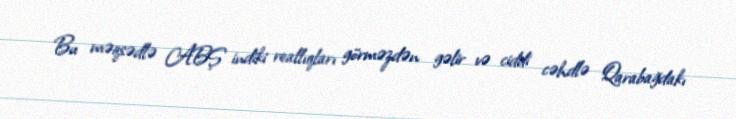
Bu məqsədlə ABŞ indiki reallıqları görməzdən gəlir və ciddi cəhdlə Qarabağdakı